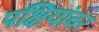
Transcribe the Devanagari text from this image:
पक्षियांवर